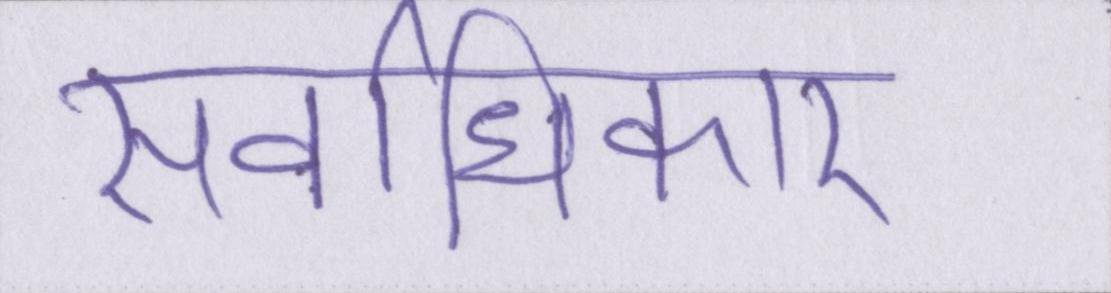
सर्वाधिकार